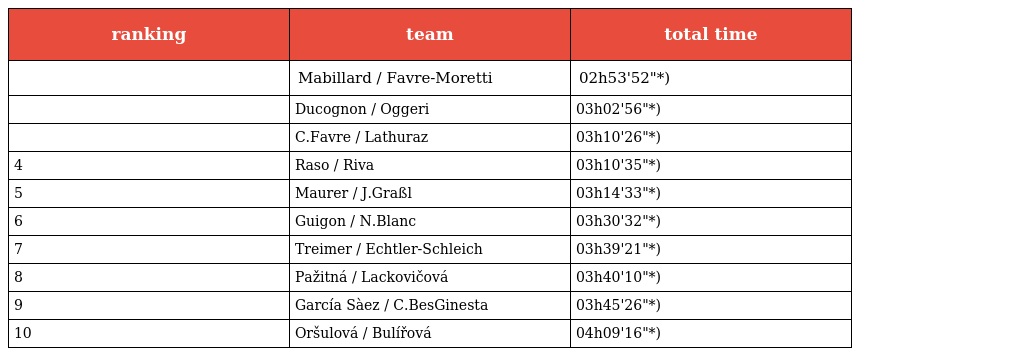
| ranking | team | total time |
 | --- | --- | --- |
 |  | Mabillard / Favre-Moretti | 02h53'52"*) |
 |  | Ducognon / Oggeri | 03h02'56"*) |
 |  | C.Favre / Lathuraz | 03h10'26"*) |
 | 4 | Raso / Riva | 03h10'35"*) |
 | 5 | Maurer / J.Graßl | 03h14'33"*) |
 | 6 | Guigon / N.Blanc | 03h30'32"*) |
 | 7 | Treimer / Echtler-Schleich | 03h39'21"*) |
 | 8 | Pažitná / Lackovičová | 03h40'10"*) |
 | 9 | García Sàez / C.BesGinesta | 03h45'26"*) |
 | 10 | Oršulová / Bulířová | 04h09'16"*) |